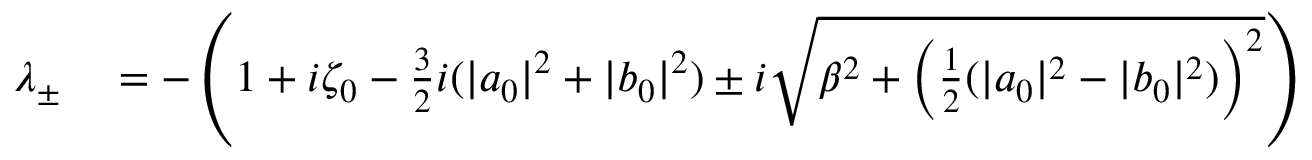
\begin{array} { r l } { \lambda _ { \pm } } & { { } = - \left( 1 + i \zeta _ { 0 } - \frac { 3 } { 2 } i ( | a _ { 0 } | ^ { 2 } + | b _ { 0 } | ^ { 2 } ) \pm i \sqrt { \beta ^ { 2 } + \left( \frac { 1 } { 2 } ( | a _ { 0 } | ^ { 2 } - | b _ { 0 } | ^ { 2 } ) \right) ^ { 2 } } \right) } \end{array}